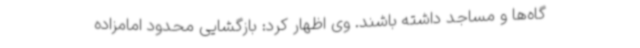
گاه‌ها و مساجد داشته باشند. وی اظهار کرد: بازگشایی محدود امامزاده